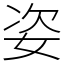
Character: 姿